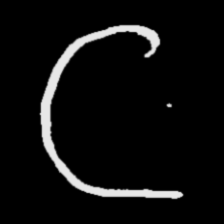
Pyu character \u2014 Myanmar letter: ဋ (romanized: tta)